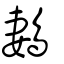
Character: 鶈